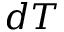
d T